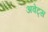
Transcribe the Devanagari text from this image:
अवेट्स